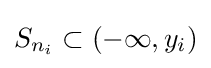
S_{n_{i}}\subset (-\infty ,y_{i})